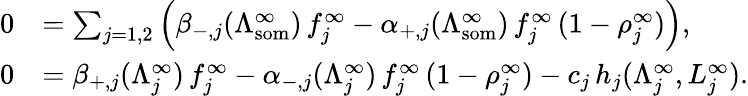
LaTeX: \begin{array}{rl}{0}&{=\sum_{j=1,2}\left(\beta_{-,j}(\Lambda_{\mathrm{som}}^{\infty})\, f_{j}^{\infty}-\alpha_{+,j}(\Lambda_{\mathrm{som}}^{\infty})\, f_{j}^{\infty}\, (1-\rho_{j}^{\infty})\right),}\\ {0}&{=\beta_{+,j}(\Lambda_{j}^{\infty})\, f_{j}^{\infty}-\alpha_{-,j}(\Lambda_{j}^{\infty})\, f_{j}^{\infty}\, (1-\rho_{j}^{\infty})-c_{j}\, h_{j}(\Lambda_{j}^{\infty},L_{j}^{\infty}).}\end{array}